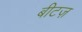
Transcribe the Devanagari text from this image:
बीटज़